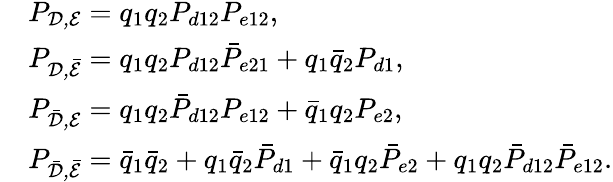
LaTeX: \begin{array}{rl}&{P_{\cal{D,E}}=q_{1}q_{2}P_{d12}P_{e12},}\\ &{P_{\cal{D,\bar{E}}}=q_{1}q_{2}P_{d12}\bar{P}_{e21}+q_{1}\bar{q}_{2}P_{d1},}\\ &{P_{\cal{\bar{D},E}}=q_{1}q_{2}\bar{P}_{d12}P_{e12}+\bar{q}_{1}q_{2}P_{e2},}\\ &{P_{\cal{\bar{D},\bar{E}}}=\bar{q}_{1}\bar{q}_{2}+q_{1}\bar{q}_{2}\bar{P}_{d1}+\bar{q}_{1}q_{2}\bar{P}_{e2}+q_{1}q_{2}\bar{P}_{d12}\bar{P}_{e12}.}\end{array}